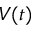
V ( t )